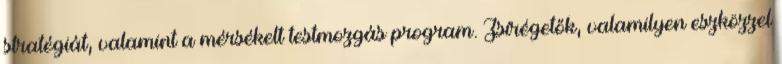
stratégiát, valamint a mérsékelt testmozgás program. Zsírégetők, valamilyen eszközzel